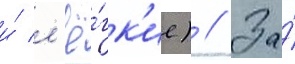
и́ л'ё́гк'ие) // За́